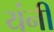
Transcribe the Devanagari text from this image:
यंनी